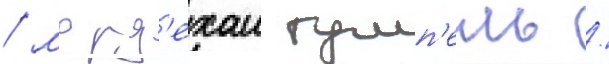
/ морд'ехаи гумп'ель /